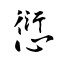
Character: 愆